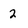
Character: 2